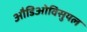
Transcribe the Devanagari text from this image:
औडिओविसुयल